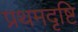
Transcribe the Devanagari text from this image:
प्रथमदृष्टि